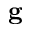
\bf \delta g